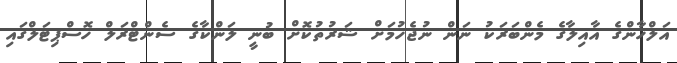
އަލްހާންގެ އާއިލާގެ މެންބަރަކު ނަން ނުޖެހުމަށް ޝަރުތުކޮށް ބުނީ ލަންކާގެ ސެންޓްރަލް ހޮސްޕިޓަލްގައި